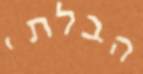
הבלתי